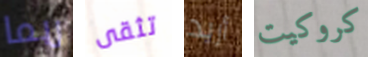
ربما تثقى أريد كروكيت